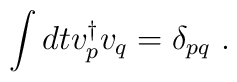
\int dt v_{p}^\dagger v_{q} = \delta_{pq}~.